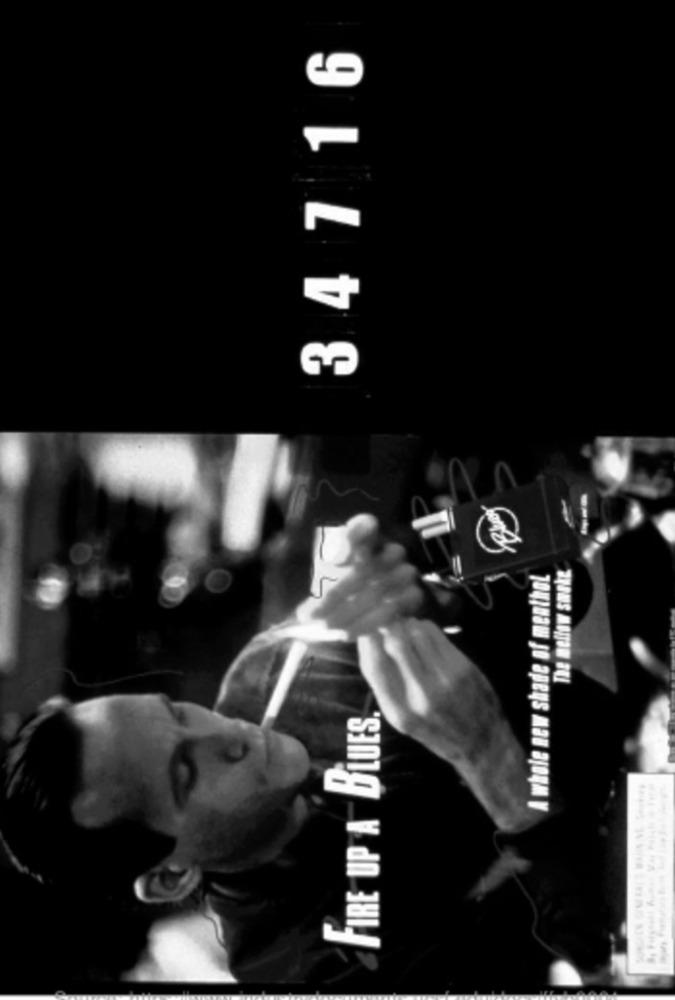
34716
---
The mellow suske
A whole new shade of menthol
FIRE UP A BLUES,